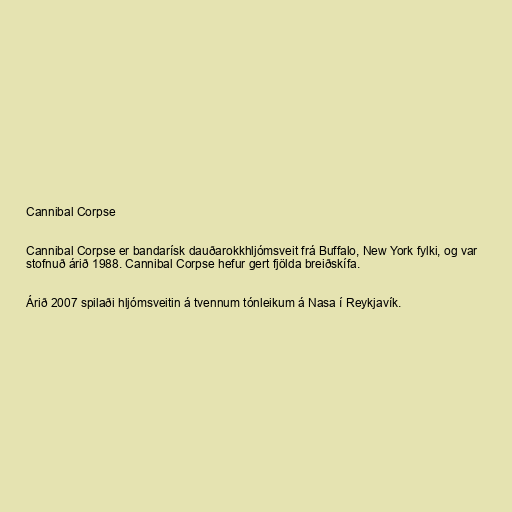
Cannibal Corpse

Cannibal Corpse er bandarísk dauðarokkhljómsveit frá Buffalo, New York fylki, og var
stofnuð árið 1988. Cannibal Corpse hefur gert fjölda breiðskífa.

Árið 2007 spilaði hljómsveitin á tvennum tónleikum á Nasa í Reykjavík.